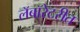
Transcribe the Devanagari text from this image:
लॅबॉरेटरीत